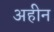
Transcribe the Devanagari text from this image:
अहीन